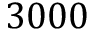
3 0 0 0